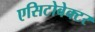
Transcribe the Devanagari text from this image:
एसिटोबेक्टर